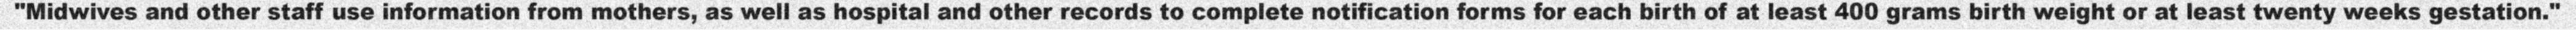
"Midwives and other staff use information from mothers, as well as hospital and other records to complete notification forms for each birth of at least 400 grams birth weight or at least twenty weeks gestation."